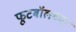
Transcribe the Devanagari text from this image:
फूटबॉलच्या